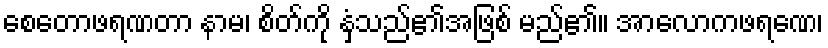
စေတောဖရဏတာ နာမ၊ စိတ်ကို နှံ့သည်၏အဖြစ် မည်၏။ အာလောကဖရဏေ၊